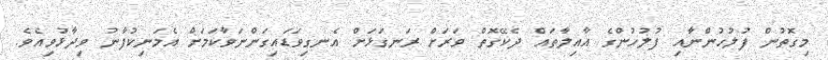
މިގޮތުން ފުލުހުންނާއި ފުލުހުންގެ އާއިލާތައް ދެކޭގޮތް ވަރަށް ރަނގަޅަށް އެނގިވަޑައިގަންނަވާކަމަށް އެމަނިކުފާނު ވިދާޅުވިއެވެ.